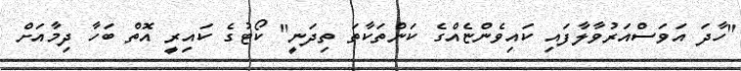
"ހާދަ އަވަސްއަރުވާލާފައި ކައިވެންޏެއްގެ ކަންތަކާތަ ތިދަނީ" ކޯޓުގެ ކައިރީ އޮތް ބަހާ ދިމާއަށް